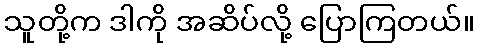
သူတို့က ဒါကို အဆိပ်လို့ ပြောကြတယ်။